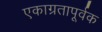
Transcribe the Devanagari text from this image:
एकाग्रतापूर्वक